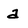
Character: a